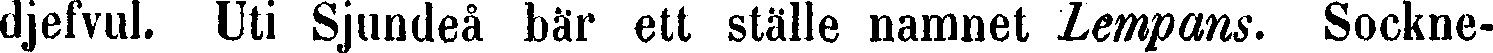
djefvul. Uti Sjundeå bär ett ställe namnet Lempans. Sockne-